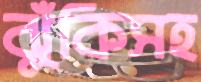
ঝুঁকিসহ